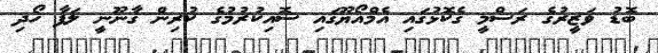
ބޮޑު ވަޒީރުގެ ރަސްމީ ގެކޮޅުގައި އެމްއޯޔޫގައި ސޮއިކުރުމުގެ ކުރިން ގާނޫނީ ލަފާ ހޯދި